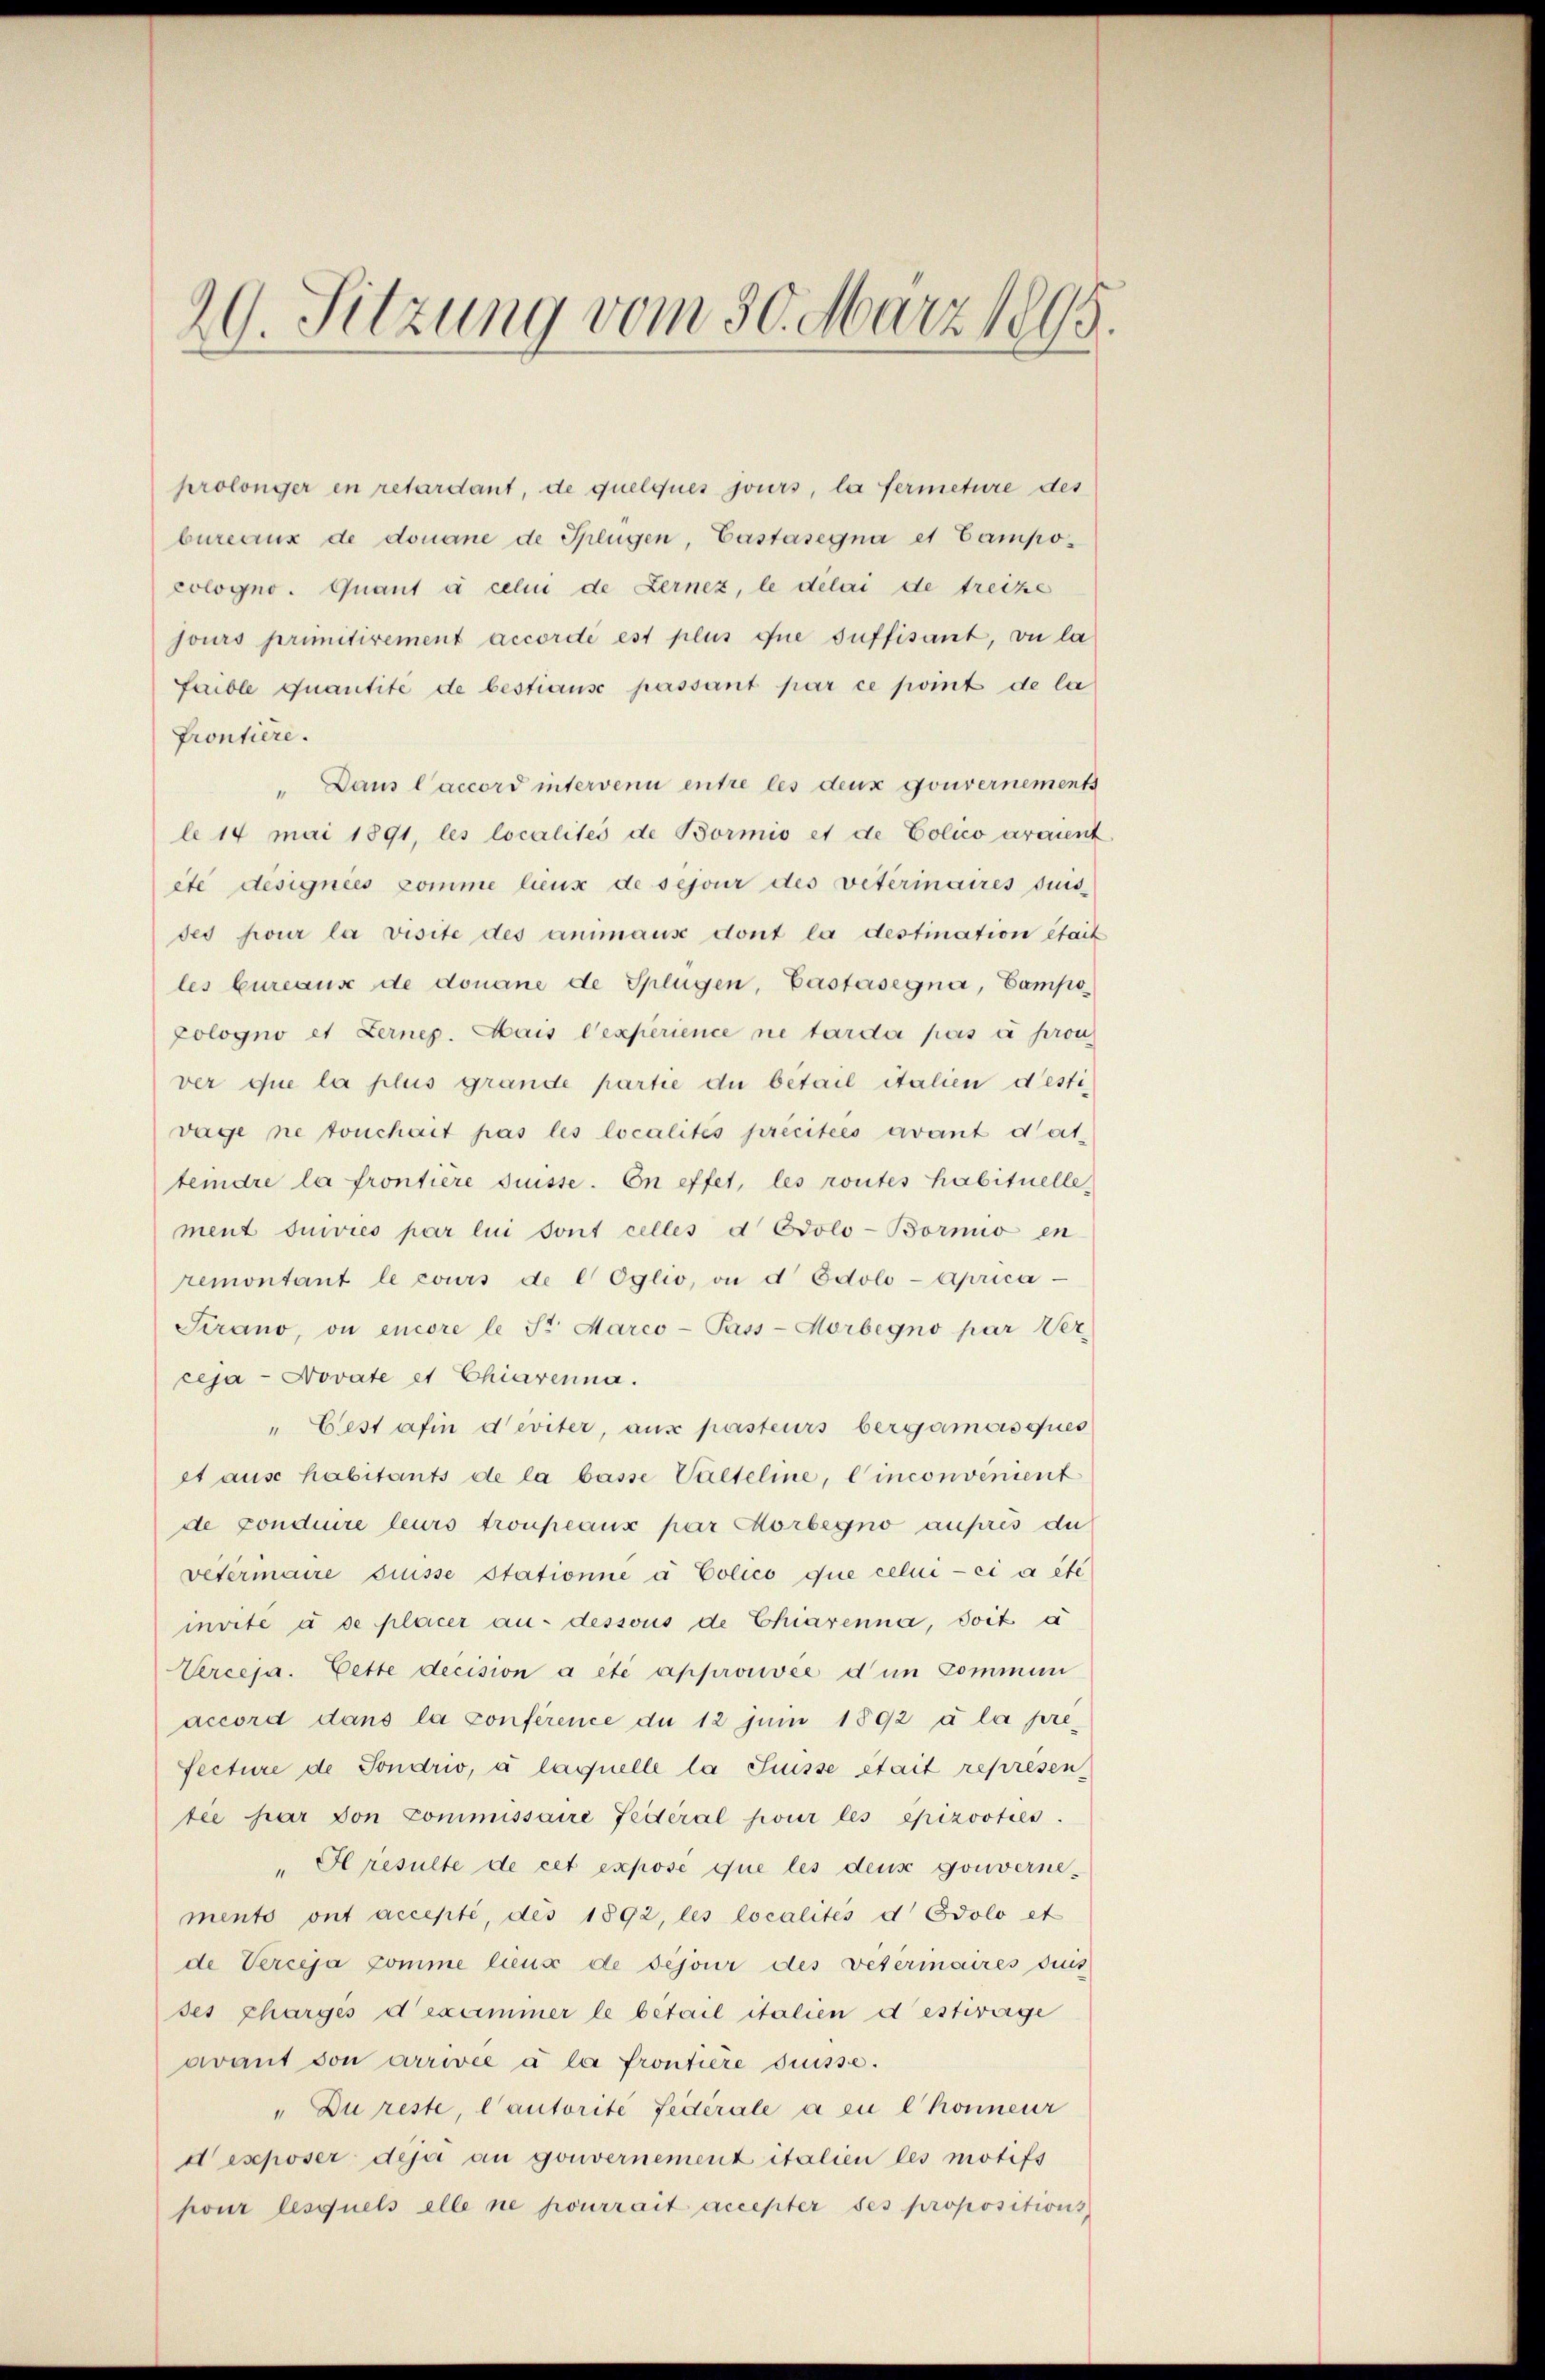
29. Sitzung vom 30. März 1895.

prolonger en retardant, de quelques jours, la fermeture des
bureaux de donane de Splügen, Castasegna et Campo-
cologno. Quant à celui de Lernez, le delai de treite
jours primitivement accordé est plus que suffisant, ou la
Faible Quantité de bestianse passant par ce point de la
frontiere.
" Dans l’accord intervenu entre les deux gouvernements
le 14 mai 1891, les localités de Bornis et de Polico araient
ete designées komme lieux de sejour des veterinaires suis
des pour la visite des animause dont la destination était
les bureaus de donane de Splügen, Gastasegna, Campopologno et Lernep. Mais l’experience ne tarde pas à pron
ver que la plus grande partie du betail italien destivage ne touchait pas les localités precitees avant dattemdre la frontiere disse. En effet, les routes habituelle
ment suivies par lui sont celles d Odolo-Bornio en
remontant le cours de l Oglio, on d Edolo-Aprica
Sirano, on encore le St. Marco-Pass-Morbegno par Ver
ceja - Novate et Chiarenna.
" Eest afin deviter, aus pasteurs bergamosques
et ause habitants de la basse Valteline, Cinconvenient
de conduire leurs troupeaux par Horbegno auprès du
vetermaire suisse stationne à Colico que celui-ci a éte
mrite à se placer an dessous de Chiarenna, soit a
Verceja. Cette decision a été approuvée d in Commun
accord dans la conférence du 12 Juni 1892 à la préfecture de Sondrio, à laquelle la Suisse était représen
tee par von Commissaire Federal pour les epizooties.
" Il resulte de cet expose que les deus gouvernements ont accepté, des 1892, les localités d Edolo et
de Verceja komme lieux de déjour des Vetermaires dies
ses Charges d’excimmer le betail italien destivage
avant von arrivée à la frontiere drisse.
" Du reste, l’autorité federale a eu l honneur
dexposer deje an gouvernement italien les motifs
pour lesquels alle ne pourrait accepter ses propositions